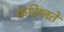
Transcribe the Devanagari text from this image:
फ़रिष्ततें